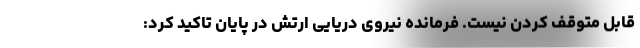
قابل متوقف کردن نیست. فرمانده نیروی دریایی ارتش در پایان تاکید کرد: